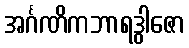
အင်္ဂဏိကဘာရဒွါဇော